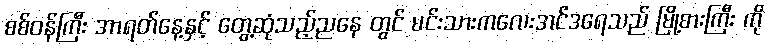
စစ်ဝန်ကြီး အာရတ်နေ့နှင့် တွေ့ဆုံသည့်ညနေ တွင် မင်းသားကလေးအင်ဒရေသည် မြို့စားကြီး ကို